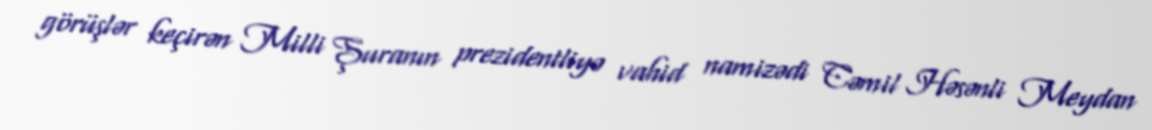
görüşlər keçirən Milli Şuranın prezidentliyə vahid namizədi Cəmil Həsənli Meydan